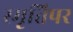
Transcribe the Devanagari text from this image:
स्मृतिपर